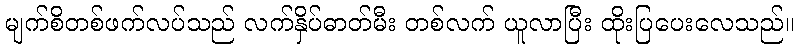
မျက်စိတစ်ဖက်လပ်သည် လက်နှိပ်ဓာတ်မီး တစ်လက် ယူလာပြီး ထိုးပြပေးလေသည်။